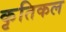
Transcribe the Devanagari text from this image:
कृतिकल